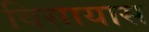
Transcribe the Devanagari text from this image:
विसायास